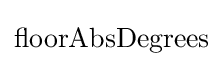
{\rm {floorAbsDegrees}}